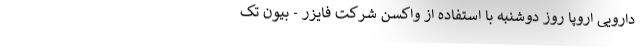
دارویی اروپا روز دوشنبه با استفاده از واکسن شرکت‌‌ فایزر - بیون تک